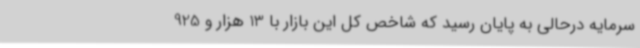
سرمایه درحالی به پایان رسید که شاخص کل این بازار با 13 هزار و 925